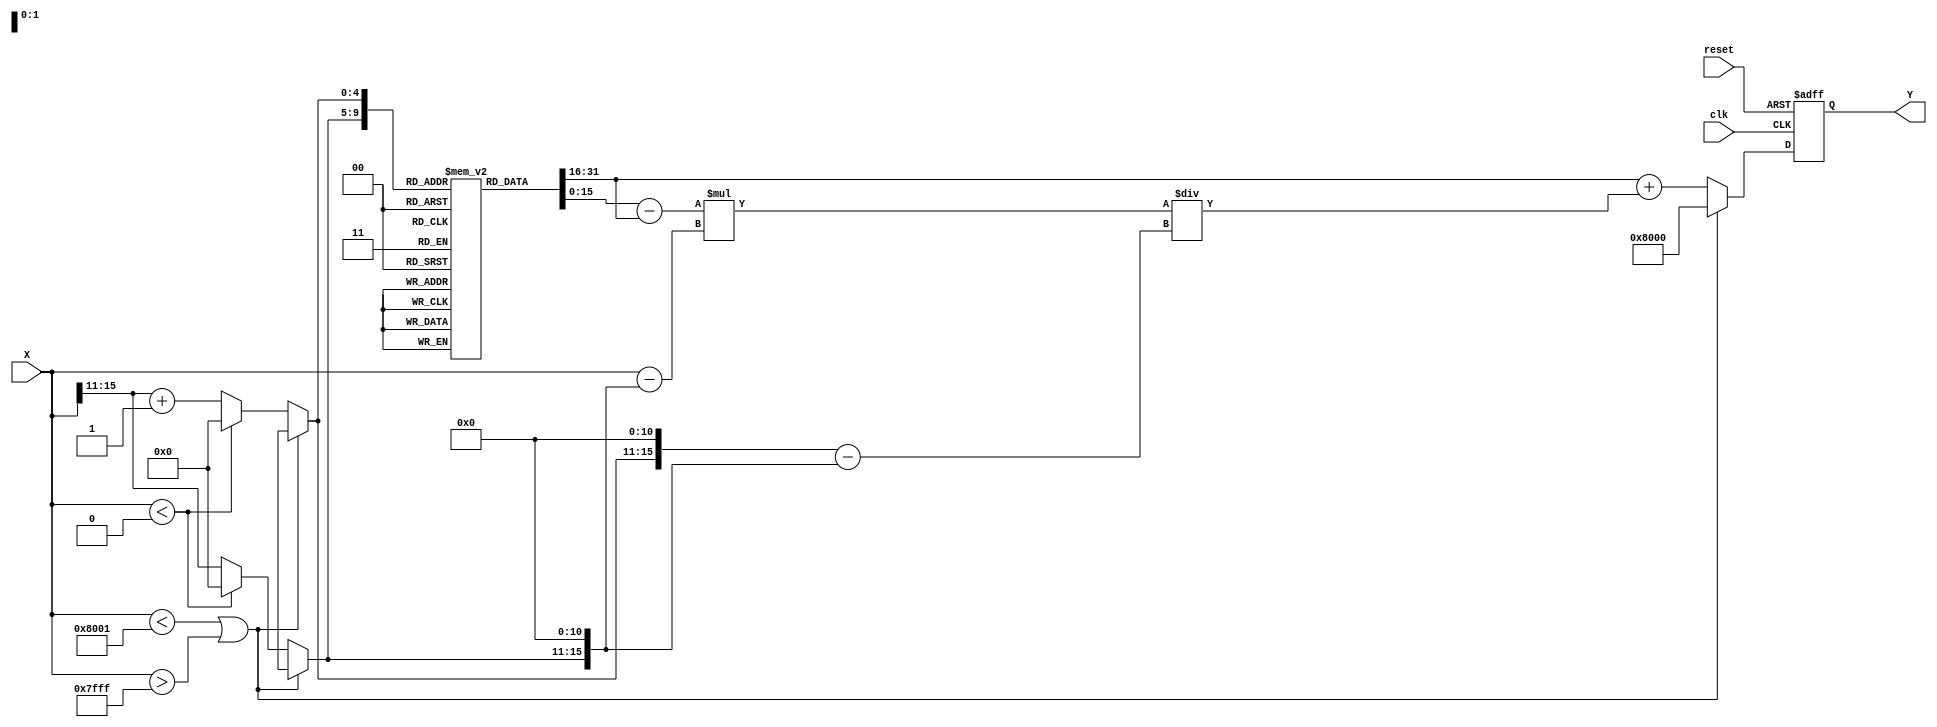
module asin_block (
    input wire clk,
    input wire reset,
    input wire signed [15:0] X,  // Input sine value in fixed-point format
    output reg signed [15:0] Y    // Output angle in radians in fixed-point format
);

    // Lookup table for asin values (fixed-point representation)
    // Values are pre-computed for discrete inputs
    reg signed [15:0] lut [0:20];  // LUT for asin values
    initial begin
        lut[0]  = 16'h0000; // asin(0) = 0
        lut[1]  = 16'h1C71; // asin(0.1) ~ 0.100167
        lut[2]  = 16'h3242; // asin(0.2) ~ 0.201364
        lut[3]  = 16'h4A3D; // asin(0.3) ~ 0.304616
        lut[4]  = 16'h5B8A; // asin(0.4) ~ 0.411516
        lut[5]  = 16'h6A1C; // asin(0.5) ~ 0.523599
        lut[6]  = 16'h7A2D; // asin(0.6) ~ 0.643501
        lut[7]  = 16'h8B2C; // asin(0.7) ~ 0.795398
        lut[8]  = 16'h9C1A; // asin(0.8) ~ 0.927295
        lut[9]  = 16'hA0B4; // asin(0.9) ~ 1.119769
        lut[10] = 16'hB0F2; // asin(1.0) = /2
        // Fill in more values as needed for better resolution
    end

    // Internal signals for interpolation
    reg signed [15:0] lower_val, upper_val;
    reg [4:0] lower_index, upper_index; // 5 bits to index LUT

    always @(posedge clk or posedge reset) begin
        if (reset) begin
            Y <= 16'h0000; // Reset output to 0
        end else begin
            if (X < -16'h7FFF || X > 16'h7FFF) begin
                Y <= 16'h8000; // Output NaN or error value for out of range
            end else begin
                // Find the closest LUT indices
                if (X < 0) begin
                    lower_index = 0; // Handle negative values
                    upper_index = 0;
                end else begin
                    lower_index = X >> 11; // Scale X to LUT index (0-20)
                    upper_index = lower_index + 1;
                end

                lower_val = lut[lower_index];
                upper_val = lut[upper_index];

                // Linear interpolation
                Y <= lower_val + ((upper_val - lower_val) * (X - (lower_index << 11))) / ((upper_index << 11) - (lower_index << 11));
            end
        end
    end
endmodule